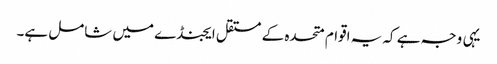
یہی وجہ ہے کہ یہ اقوام متحدہ کے مستقل ایجنڈے میں شامل ہے۔